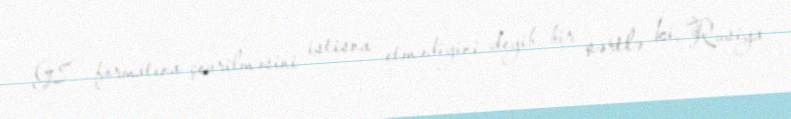
G8 formatına çevrilməsini istisna etmədiyini deyib, bir şərtlə ki, Rusiya